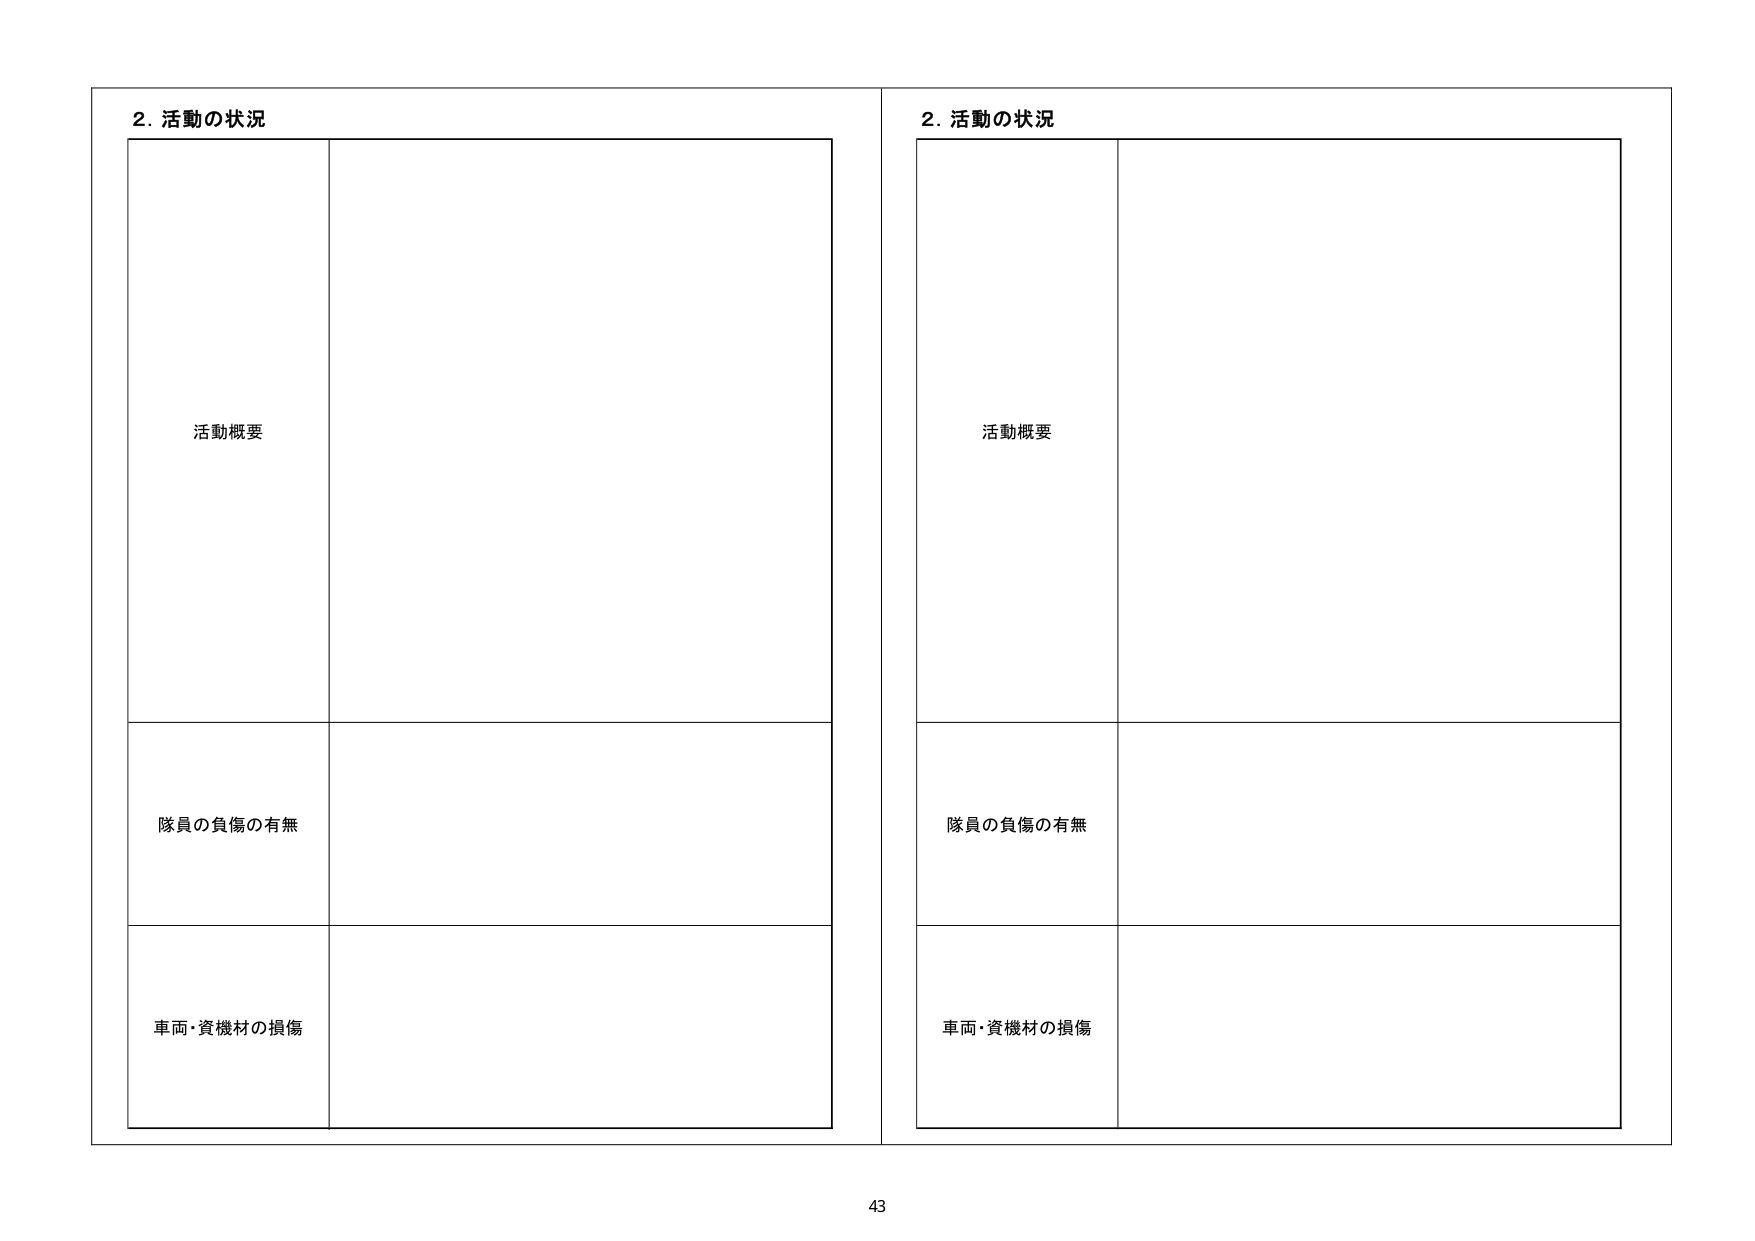
2. 活動の状況
活動概要
隊員の負傷の有無
車両・資機材の損傷

2. 活動の状況
活動概要
隊員の負傷の有無
車両・資機材の損傷

43